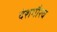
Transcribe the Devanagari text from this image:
देशगौरव